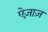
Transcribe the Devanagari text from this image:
ऐज़ाज़